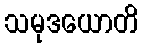
သမုဒယောတိ